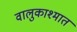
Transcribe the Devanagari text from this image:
वालुकाश्मात